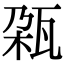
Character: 𬎨